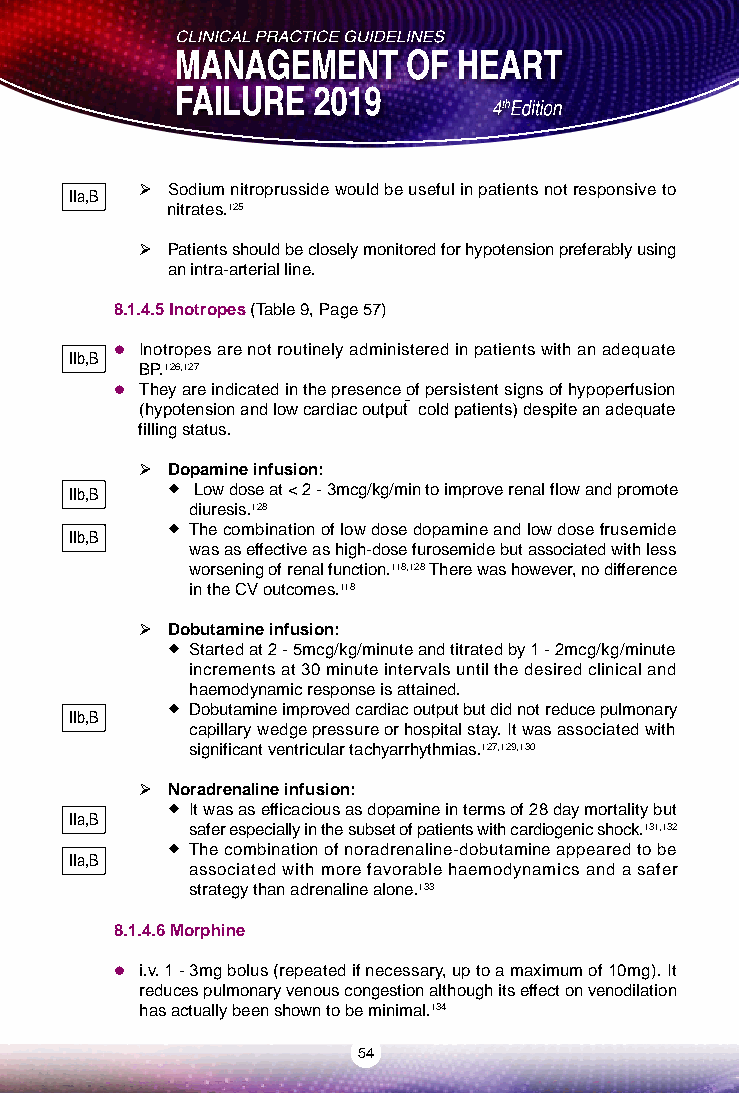
 Sodium nitroprusside would be useful in patients not responsive to
 IIa,B
 nitrates.125
  Patients should be closely monitored for hypotension preferably using
 an intra-arterial line.
 8.1.4.5 Inotropes (Table 9, Page 57)
  Inotropes are not routinely administered in patients with an adequate
 IIb,B
 BP.126,127
  They are indicated in the presence of persistent signs of hypoperfusion
 (hypotension and low cardiac output  cold patients) despite an adequate
 filling status.
  Dopamine infusion:
 IIb,B  Low dose at < 2 - 3mcg/kg/min to improve renal flow and promote
 diuresis.128
  The combination of low dose dopamine and low dose frusemide
 IIb,B
 was as effective as high-dose furosemide but associated with less
 worsening of renal function.118,128 There was however, no difference
 in the CV outcomes.118
  Dobutamine infusion:
  Started at 2 - 5mcg/kg/minute and titrated by 1 - 2mcg/kg/minute
 increments at 30 minute intervals until the desired clinical and
 haemodynamic response is attained.
 IIb,B  Dobutamine improved cardiac output but did not reduce pulmonary
 capillary wedge pressure or hospital stay. It was associated with
 significant ventricular tachyarrhythmias.127,129,130
  Noradrenaline infusion:
  It was as efficacious as dopamine in terms of 28 day mortality but
 IIa,B
 safer especially in the subset of patients with cardiogenic shock.131,132
  The combination of noradrenaline-dobutamine appeared to be
 IIa,B
 associated with more favorable haemodynamics and a safer
 strategy than adrenaline alone.133
 8.1.4.6 Morphine
  i.v. 1 - 3mg bolus (repeated if necessary, up to a maximum of 10mg). It
 reduces pulmonary venous congestion although its effect on venodilation
 has actually been shown to be minimal.134
 54